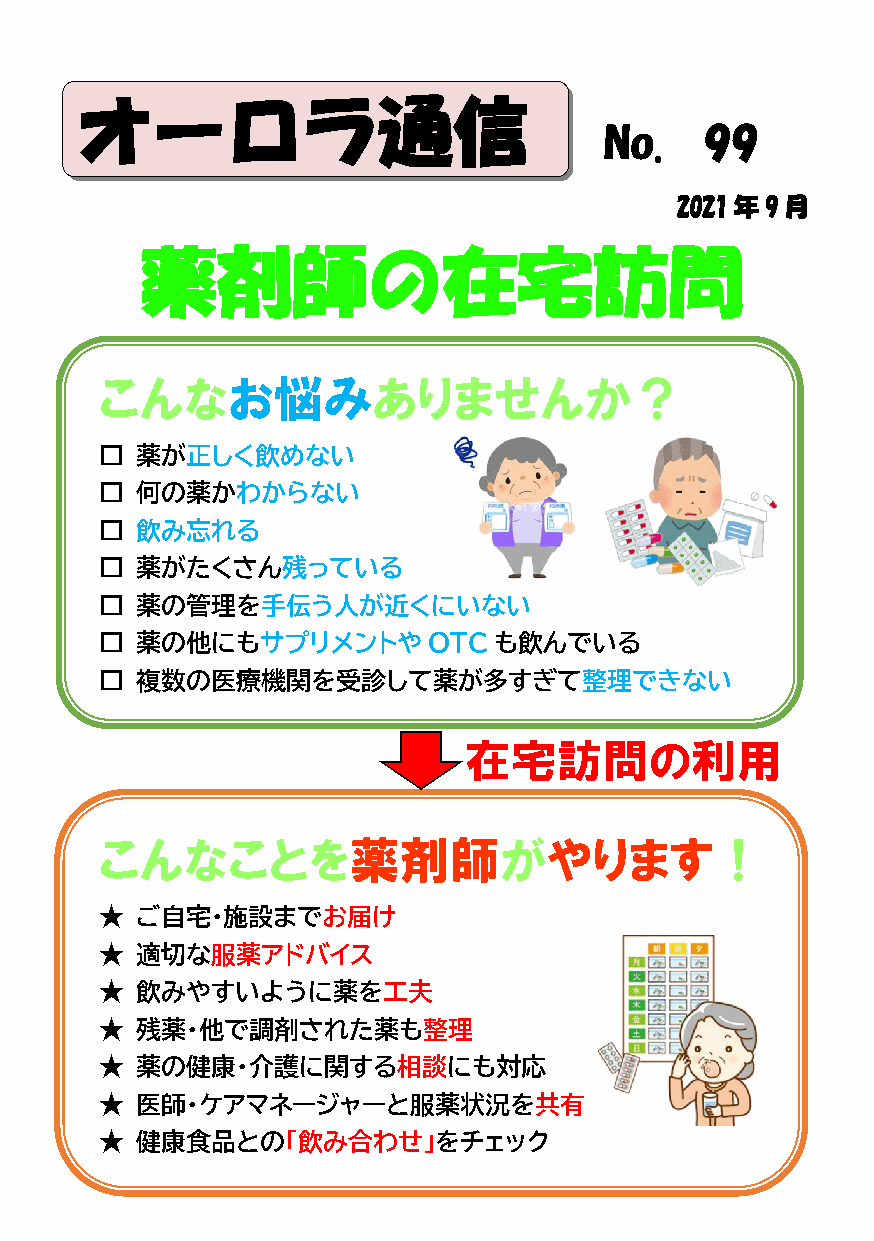
オーロラ通信
 No.    99
 2021 年 9月
 薬剤師の在宅訪問
 こんなお悩みありませんか？
 □ 薬が正しく飲めない
 □ 何の薬かわからない
 □ 飲み忘れる
 □ 薬がたくさん残っている
 □ 薬の管理を手伝う人が近くにいない
 □ 薬の他にもサプリメントや       OTC  も飲んでいる
 □ 複数の医療機関を受診して薬が多すぎて整理できない
 在宅訪問の利用
 こんなことを薬剤師がやります！
 ★ ご自宅・施設までお届け
 ★ 適切な服薬アドバイス
 ★ 飲みやすいように薬を工夫
 ★ 残薬・他で調剤された薬も整理
 ★ 薬の健康・介護に関する相談にも対応
 ★ 医師・ケアマネージャーと服薬状況を共有
 ★ 健康食品との「飲み合わせ」をチェック